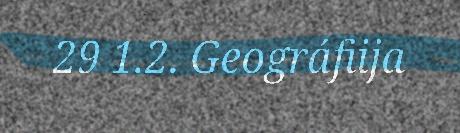
29 1.2. Geográfiija